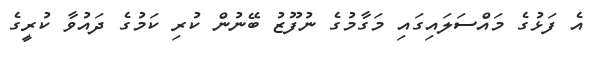
އެ ފަޅުގެ މައްސަލައިގައި މަގާމުގެ ނުފޫޒު ބޭނުން ކުރި ކަމުގެ ދައުވާ ކުރީގެ